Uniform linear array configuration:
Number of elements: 48
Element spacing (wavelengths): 0.5
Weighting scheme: blackman
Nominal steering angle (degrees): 15
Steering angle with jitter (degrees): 15.908
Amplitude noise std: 0.05
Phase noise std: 0.05

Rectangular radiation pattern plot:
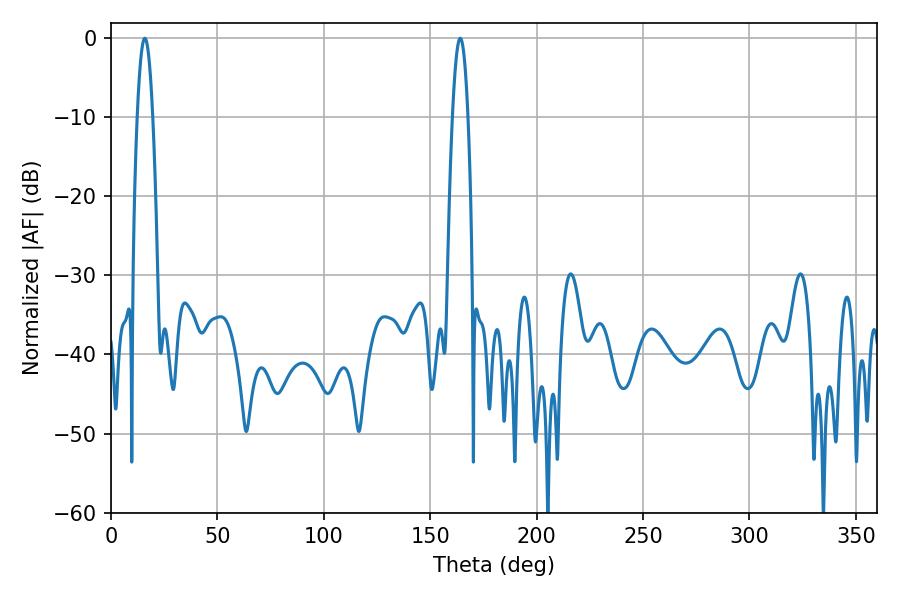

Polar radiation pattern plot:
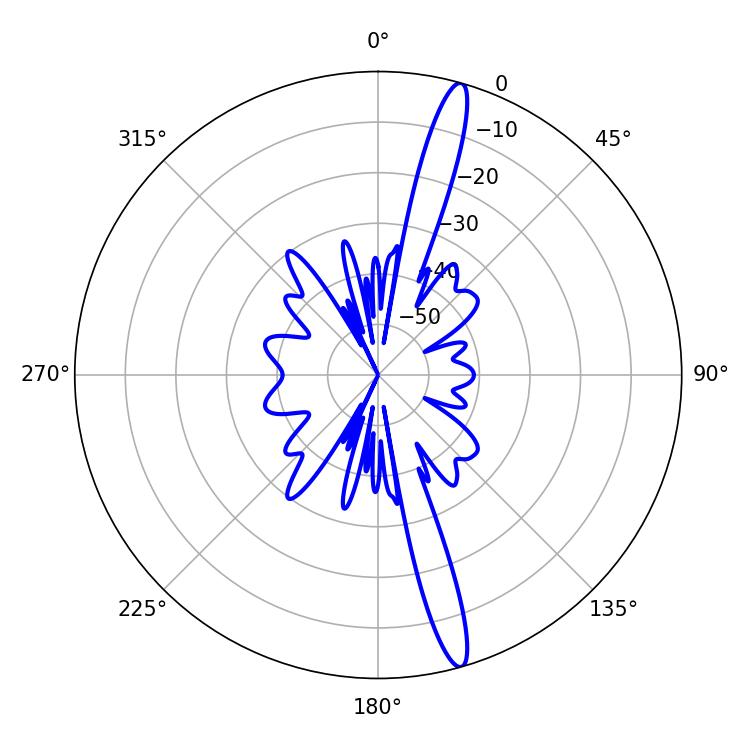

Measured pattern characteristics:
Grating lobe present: FALSE
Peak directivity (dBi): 16.823
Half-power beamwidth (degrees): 3.96
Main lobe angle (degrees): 15.84